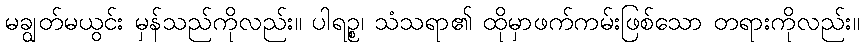
မချွတ်မယွင်း မှန်သည်ကိုလည်း။ ပါရဉ္စ၊ သံသရာ၏ ထိုမှာဖက်ကမ်းဖြစ်သော တရားကိုလည်း။